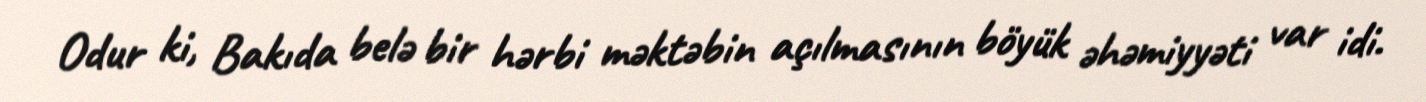
Odur ki, Bakıda belə bir hərbi məktəbin açılmasının böyük əhəmiyyəti var idi.